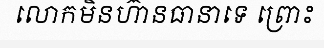
លោកមិនហ៊ានធានាទេ ព្រោះ